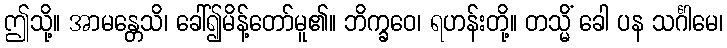
ဤသို့။ အာမန္တေသိ၊ ခေါ်၍မိန့်တော်မူ၏။ ဘိက္ခဝေ၊ ရဟန်းတို့။ တသ္မိံ ခေါ ပန သင်္ဂါမေ၊